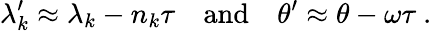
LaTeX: \lambda_{k}^{\prime}\approx\lambda_{k}-n_{k}\tau\quad\mathrm{and}\quad\theta^{\prime}\approx\theta-\omega\tau\ .